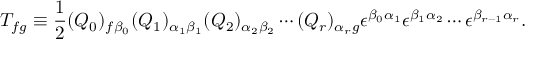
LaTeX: T _ { f g } \equiv \frac { 1 } { 2 } ( Q _ { 0 } ) _ { f \beta _ { 0 } } ( Q _ { 1 } ) _ { \alpha _ { 1 } \beta _ { 1 } } ( Q _ { 2 } ) _ { \alpha _ { 2 } \beta _ { 2 } } \cdots ( Q _ { r } ) _ { \alpha _ { r } g } \epsilon ^ { \beta _ { 0 } \alpha _ { 1 } } \epsilon ^ { \beta _ { 1 } \alpha _ { 2 } } \cdots \epsilon ^ { \beta _ { r - 1 } \alpha _ { r } } .